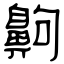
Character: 齁